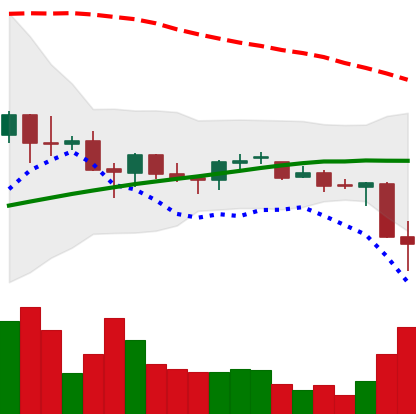
Ticker: BNB-USD
Chart end date: 2021-06-22
Forward return: 10.981%
Label: up_7plus